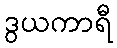
ဒွယကာရီ